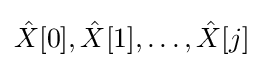
{\hat {X}}[0],{\hat {X}}[1],\dots ,{\hat {X}}[j]